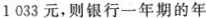
1033元，则银行一年期的年